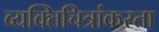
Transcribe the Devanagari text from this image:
व्यक्तिचित्रांकरता